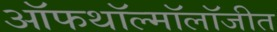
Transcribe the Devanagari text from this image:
ऑफथॉल्मॉलॉजीत